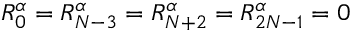
R _ { 0 } ^ { \alpha } = R _ { N - 3 } ^ { \alpha } = R _ { N + 2 } ^ { \alpha } = R _ { 2 N - 1 } ^ { \alpha } = 0